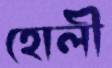
হোলী